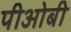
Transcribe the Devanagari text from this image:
पीओबी